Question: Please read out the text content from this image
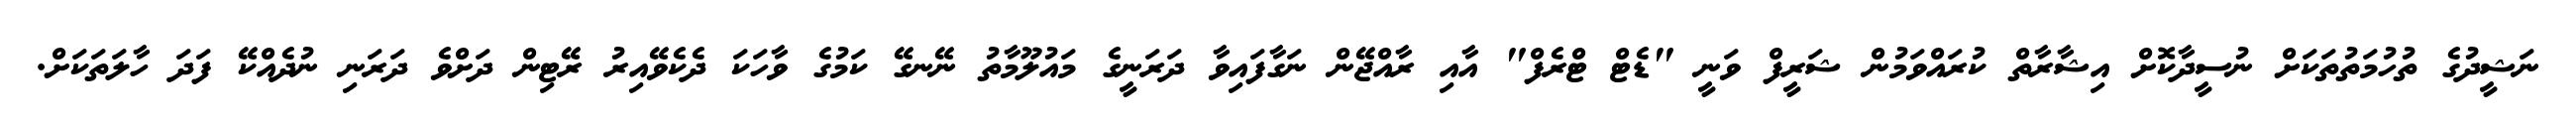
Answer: ނަޝީދުގެ ތުހުމަތުތަކަށް ނުސީދާކޮށް އިޝާރާތް ކުރައްވަމުން ޝަރީފް ވަނީ "ޑެޓް ޓްރެފް" އާއި ރާއްޖޭން ނަގާފައިވާ ދަރަނީގެ މައުލޫމާތު ނޭނގޭ ކަމުގެ ވާހަކަ ދެކެވޭއިރު ރޭޓިން ދަށްވެ ދަރަނި ނުދެއްކޭ ފަދަ ހާލަތަކަށް.